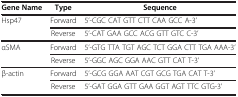
| Gene Name | Type | Sequence |
 | --- | --- | --- |
 | Hsp47 | Forward | 5’-CGC CAT GTT CTT CAA GCC A-3’ |
 |  | Reverse | 5’-CAT GAA GCC ACG GTT GTC C-3’ |
 | αSMA | Forward | 5’-GTG TTA TGT AGC TCT GGA CTT TGA AAA-3’ |
 |  | Reverse | 5’-GGC AGC GGA AAC GTT CAT T-3’ |
 | β-actin | Forward | 5’-GCG GGA AAT CGT GCG TGA CAT T-3’ |
 |  | Reverse | 5’-GAT GGA GTT GAA GGT AGT TTC GTG-3’ |